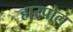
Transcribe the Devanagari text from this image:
हारपोल